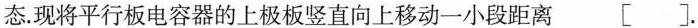
态.现将平行板电容器的上极板竖直向上移动一小段距离 [ ].